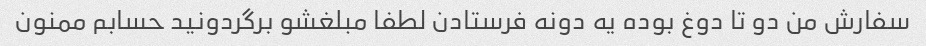
سفارش من دو تا دوغ بوده یه دونه فرستادن لطفا مبلغشو برگردونید حسابم ممنون